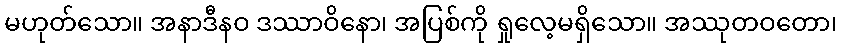
မဟုတ်သော။ အနာဒီနဝ ဒဿာဝိနော၊ အပြစ်ကို ရှုလေ့မရှိသော။ အဿုတဝတော၊